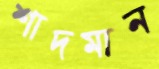
শাদমান